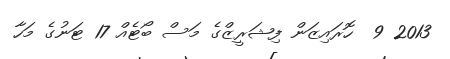
2013 9  ހޮރައިޒަން ފިޝަރީޒްގެ މަސް ބޯޓެއް 17 ޓަނުގެ މަހާ